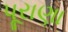
પૂરાણા